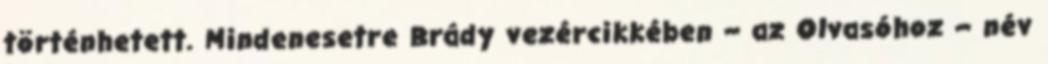
történhetett. Mindenesetre Brády vezércikkében – az Olvasóhoz – név